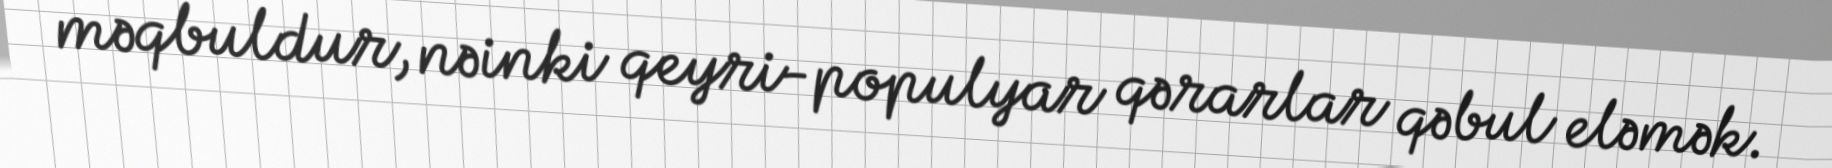
məqbuldur, nəinki qeyri-populyar qərarlar qəbul eləmək.